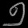
Digit: ၅